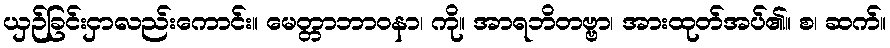
ယှဉ်ခြင်းငှာလည်းကောင်း။ မေတ္တာဘာဝနာ၊ ကို။ အာရဘိတဗ္ဗာ၊ အားထုတ်အပ်၏။ စ၊ ဆက်။